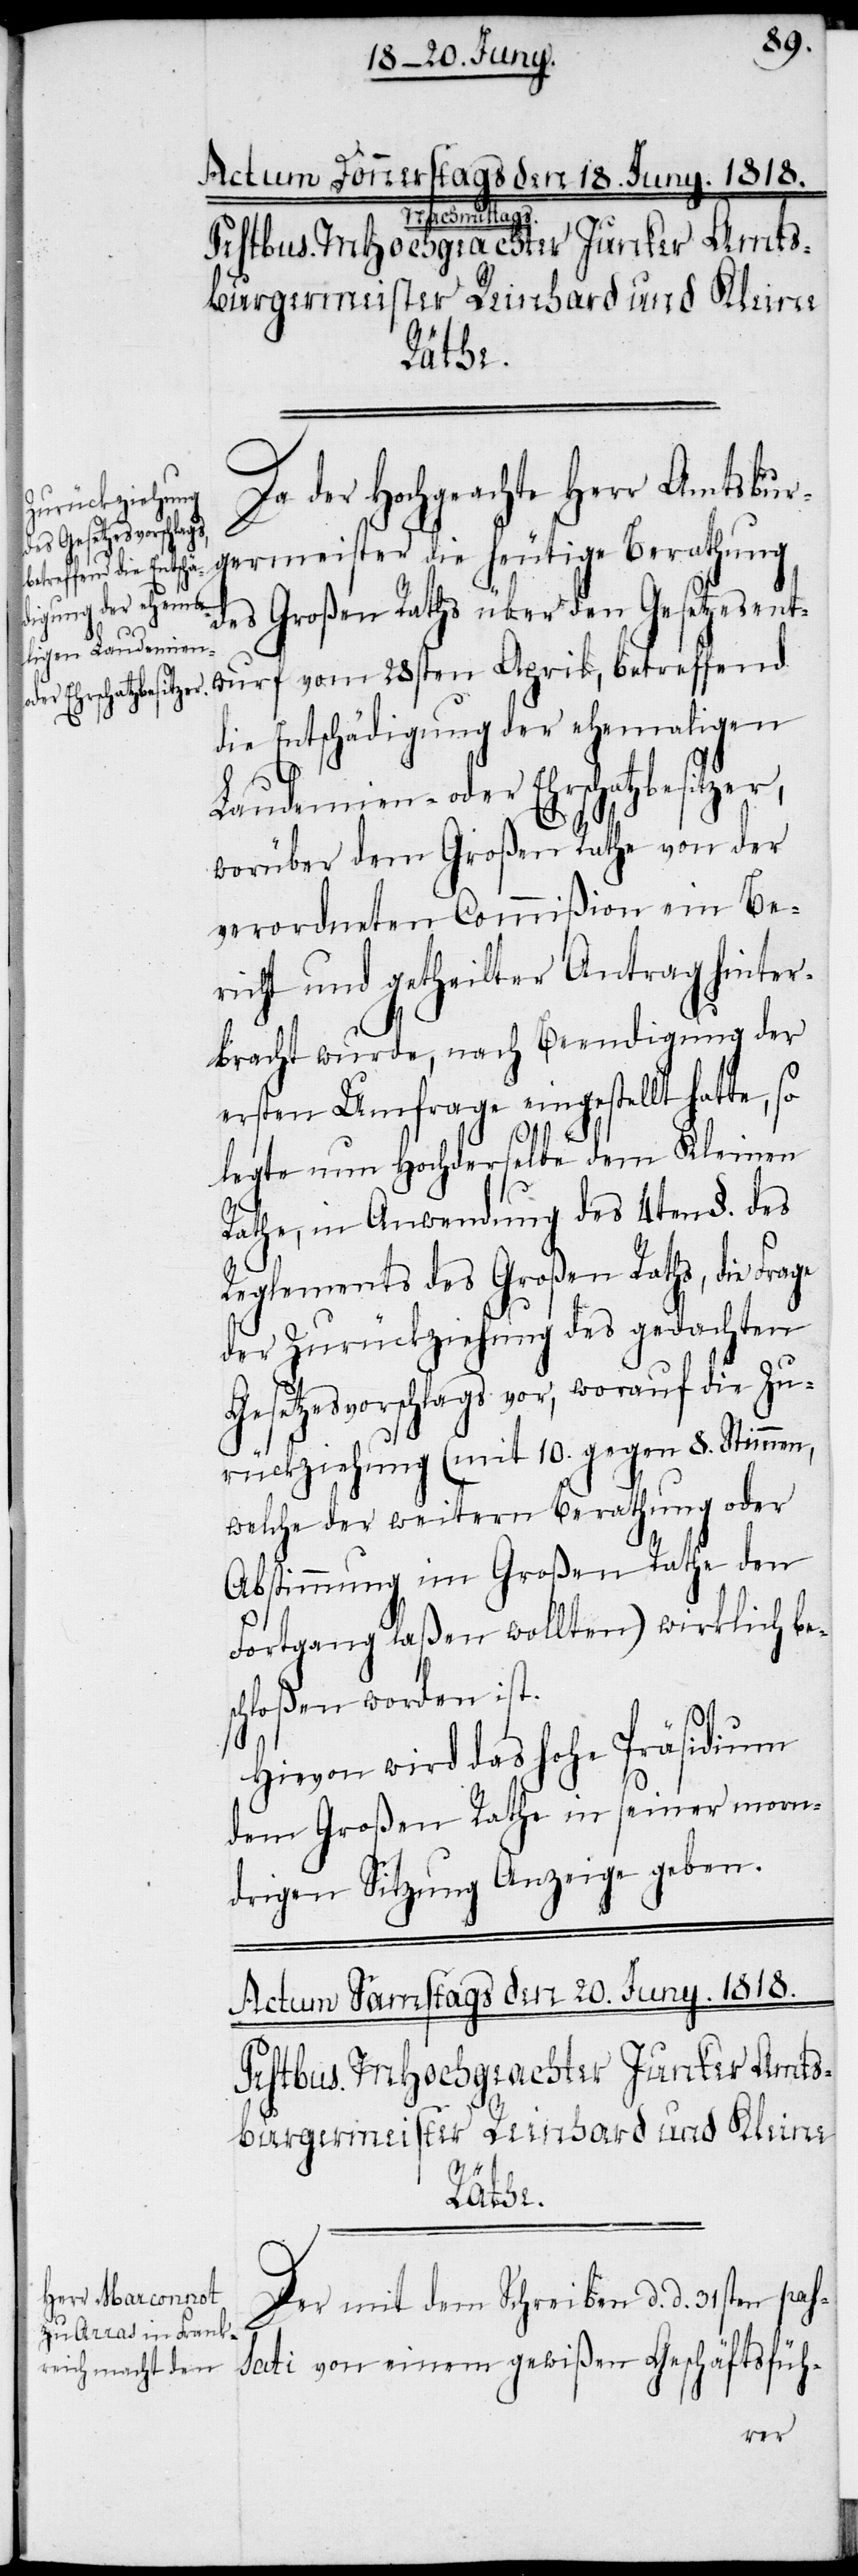
Da der Hochgeachte Herr Amtsbur¬
germeister die heutige Berathung
des Großen Raths über den Gesetzesent¬
wurf vom 28sten April, betreffend
die Entschädigung der ehemaligen
Laudemine- oder Ehrschatzbesitzer,
worüber dem Großen Rathe von der
verordneten Commißion ein Be¬
richt und getheilter Antrag hinter¬
bracht wurde, nach Beendigung der
ersten Umfrage eingestellt hatte, so
legte nun Hochderselbe dem Kleinen
Rathe, in Anwendung des 4ten §. des
Reglements des Großen Raths, die Frage
der Zurückziehung des gedachten
Gesetzesvorschlags vor, worauf die Zu¬
rückziehung (mit 10. gegen 8. Stimmen,
welche der weitern Berathung oder
Abstimmung im Großen Rathe den
Fortgang laßen wollten) wirklich be¬
schloßen worden ist.
Hievon wird das hohe Präsidium
dem Großen Rathe in seiner morn¬
drigen Sitzung Anzeige geben.
Der mit dem Schreiben d. d. 31sten pas¬
sati von einem gewißen Geschäftsfüh-